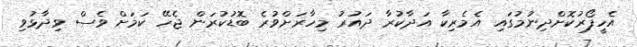
އެހީފޯރުކޮށްދިނުމުގައި އެމެރިކާ އަދާކުރާ ދައުރު މިހާރަށްވުރެ ބޮޑުކުރަން ޖެހޭ ކަމަށް ވެސް ވިދާޅުވި